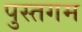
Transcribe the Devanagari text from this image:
पुस्तगम